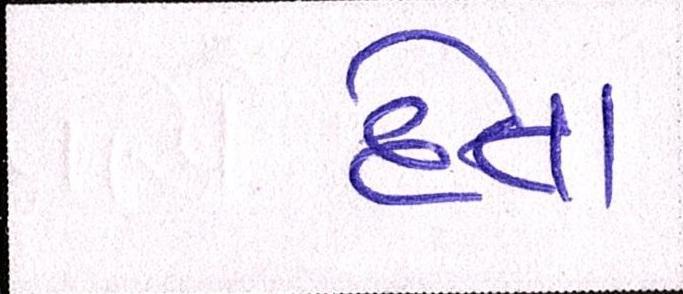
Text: દેતાં